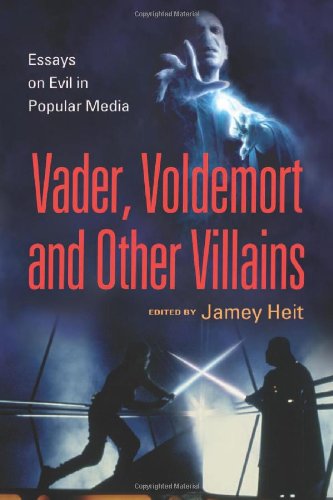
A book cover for Vader, Voldemort and Other Villains: Essays on Evil in Popular Media; Jamey Heit; Politics & Social Sciences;